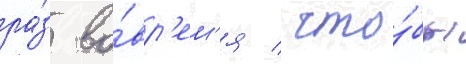
ра́з во́вр'ем'я / что́бы